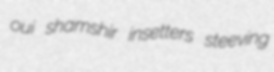
oui shamshir insetters steeving